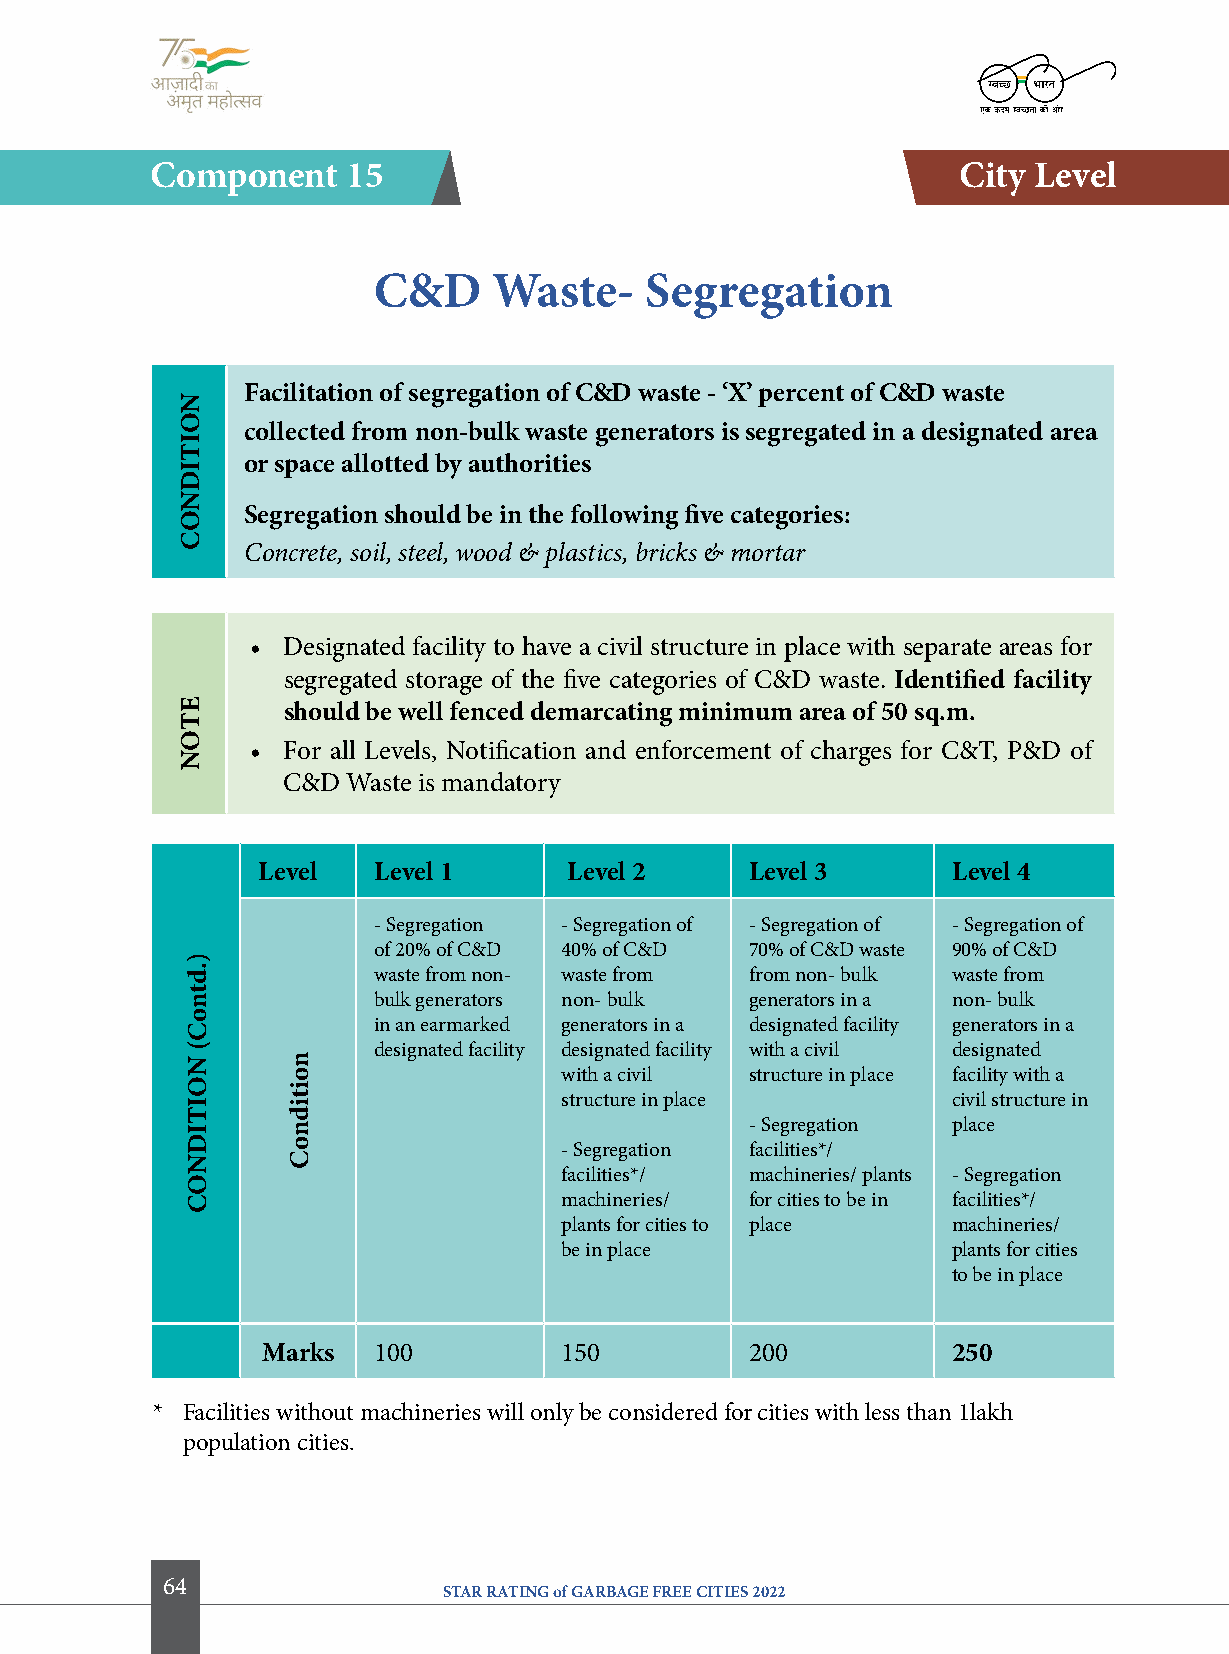
component    15                                      city level
 c&D     Waste-    Segregation
 facilitation of segregation of c&D waste - ‘X’ percent of c&D waste
 collected from non-bulk waste generators is segregated in a designated area
 or space allotted by authorities
 Segregation should be in the following five categories:
 Concrete, soil, steel, wood & plastics, bricks & mortar
 • Designated facility to have a civil structure in place with separate areas for
 segregated storage of the five categories of C&D waste. identified facility
 should be well fenced demarcating minimum area of 50 sq.m.
 • For all Levels, Notification and enforcement of charges for C&T, P&D of
 C&D Waste is mandatory
 level   level 1      level 2     level 3      level 4
 - Segregation - Segregation of - Segregation of - Segregation of
 of 20% of C&D 40% of C&D 70% of C&D waste 90% of C&D
 waste from non- waste from from non- bulk waste from
 bulk generators non- bulk generators in a non- bulk
 in an earmarked generators in a designated facility generators in a
 designated facility designated facility with a civil designated
 with a civil structure in place facility with a
 structure in place        civil structure in
 - Segregation place
 - Segregation facilities*/
 facilities*/ machineries/ plants - Segregation
 machineries/ for cities to be in facilities*/
 plants for cities to place machineries/
 be in place               plants for cities
 to be in place
 Marks   100         150          200          250
 * Facilities without machineries will only be considered for cities with less than 1lakh
 population cities.
 64
 STAR RATING of GARBAGE FREE CITIES 2022
 NoitiDNoc
 etoN
 ).dtnoc(
 NoitiDNoc noitidnoc